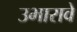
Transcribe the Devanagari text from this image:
उभारावे